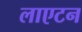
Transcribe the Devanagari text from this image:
लाएटन